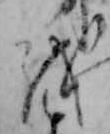
を